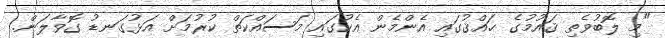
"މި ލޮބުވެތި ޤައުމުގެ ޙައްޤުގައި އެންމެން އެކުގައި މަސައްކަތް ކުރުމަށް އަޅުގަނޑު ގޮވާލަން.